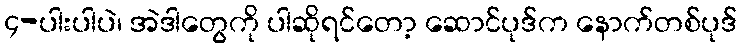
၄-ပါးပါပဲ၊ အဲဒါတွေကို ပါဆိုရင်တော့ ဆောင်ပုဒ်က နောက်တစ်ပုဒ်